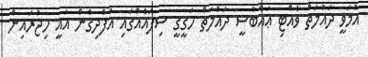
އުމަވީ ދައުލަތް ވެއްޓި ޢައްބާސީ ދައުލަތް ހަގީގީ ސިފައެއްގައި އުފެދިގެން އައީ ހިޖުރައިން